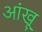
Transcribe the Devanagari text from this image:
आंखू